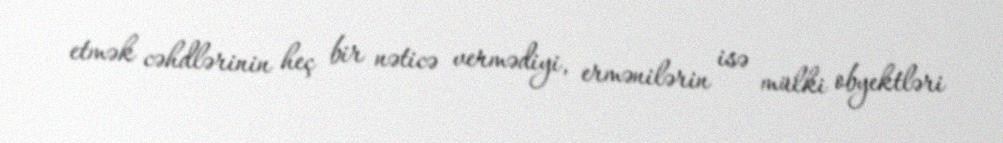
etmək cəhdlərinin heç bir nəticə vermədiyi, ermənilərin isə mülki obyektləri